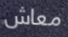
معاش